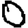
Digit: 0